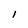
Character: 1